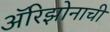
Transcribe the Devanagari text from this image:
अॅरिझोनाची